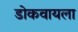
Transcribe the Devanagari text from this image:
डोकवायला